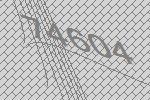
74604